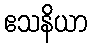
ဧသနိယာ